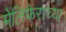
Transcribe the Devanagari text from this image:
मेलिफेराच्या